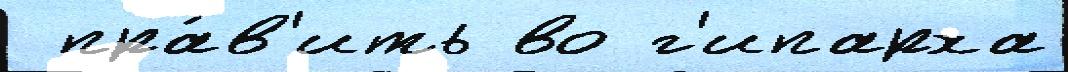
 пра́в'ить во г'ипарха